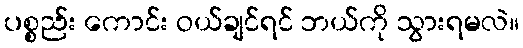
ပစ္စည်း ကောင်း ဝယ်ချင်ရင် ဘယ်ကို သွားရမလဲ။